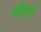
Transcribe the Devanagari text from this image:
सौंदर्यं